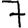
Digit: 7